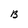
Character: B